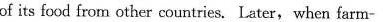
of its food from other countries. Later, when farm-